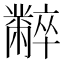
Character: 𪓌